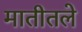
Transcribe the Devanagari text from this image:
मातीतले